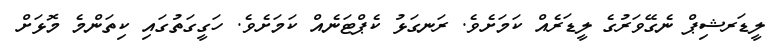
ލީޑަރޝިޕް ނެގޭވަރުގެ ލީޑަރެއް ކަމަށެވެ. ރަނގަޅު ކެޕްޓަނެއް ކަމަށެވެ. ހަގީގަތުގައި ކިތަންމެ މޮޅަށް